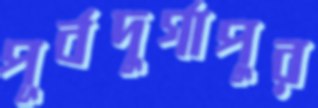
পূর্বদুর্গাপুর